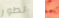
تطور ما